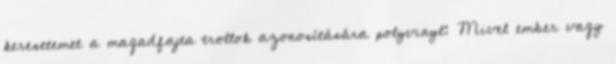
keresetemet a magadfajta trollok azonosítására polyvinyl: Mivel ember vagy